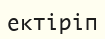
ектіріп